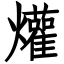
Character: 爟